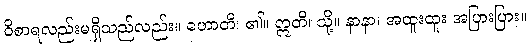
ဝိစာရလည်းမရှိသည်လည်း။ ဟောတိ၊ ၏။ ဣတိ၊ သို့။ နာနာ၊ အထူးထူး အပြားပြား။